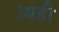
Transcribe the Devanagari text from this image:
।यही